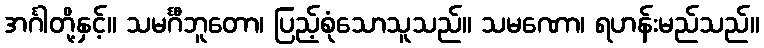
အင်္ဂါတို့နှင့်။ သမင်္ဂီဘူတော၊ ပြည့်စုံသောသူသည်။ သမဏော၊ ရဟန်းမည်သည်။